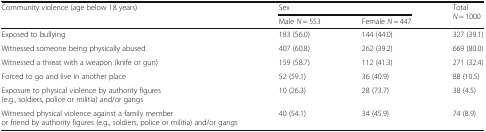
<table><thead><tr><td rowspan="2"><b>Community violence (age below 18 years)</b></td><td colspan="2"><b>Sex</b></td><td rowspan="2"><b>Total <i>N</i> = 1000</b></td></tr><tr><td><b>Male <i>N</i> = 553</b></td><td><b>Female <i>N</i> = 447</b></td></tr></thead><tbody><tr><td>Exposed to bullying</td><td>183 (56.0)</td><td>144 (44.0)</td><td>327 (39.1)</td></tr><tr><td>Witnessed someone being physically abused</td><td>407 (60.8)</td><td>262 (39.2)</td><td>669 (80.0)</td></tr><tr><td>Witnessed a threat with a weapon (knife or gun)</td><td>159 (58.7)</td><td>112 (41.3)</td><td>271 (32.4)</td></tr><tr><td>Forced to go and live in another place</td><td>52 (59.1)</td><td>36 (40.9)</td><td>88 (10.5)</td></tr><tr><td>Exposure to physical violence by authority figures (e.g., soldiers, police or militia) and/or gangs</td><td>10 (26.3)</td><td>28 (73.7)</td><td>38 (4.5)</td></tr><tr><td>Witnessed physical violence against a family member or friend by authority figures (e.g., soldiers, police or militia) and/or gangs</td><td>40 (54.1)</td><td>34 (45.9)</td><td>74 (8.9)</td></tr></tbody></table>